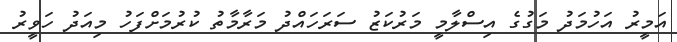
އަމީރު އަހުމަދު މަގުގެ އިސްލާމީ މަރުކަޒު ސަރަހައްދު މަރާމާތު ކުރުމަށްފަހު މިއަދު ހަވީރު